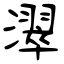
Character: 濢